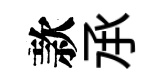
款𠄘